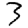
Digit: 3